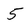
Character: 5